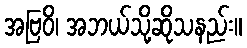
အဗြဝိ၊ အဘယ်သို့ဆိုသနည်း။